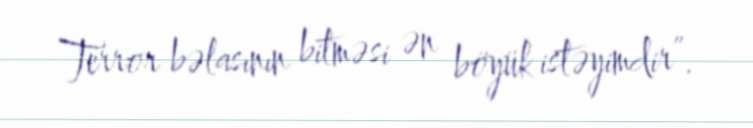
Terror bəlasının bitməsi ən böyük istəyimdir”.